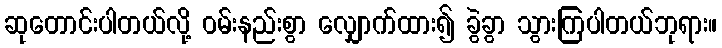
ဆုတောင်းပါတယ်လို့ ဝမ်းနည်းစွာ လျှောက်ထား၍ ခွဲခွာ သွားကြပါတယ်ဘုရား။